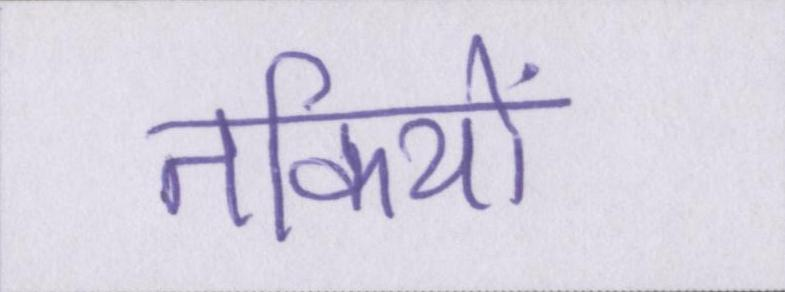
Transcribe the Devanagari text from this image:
तकियों